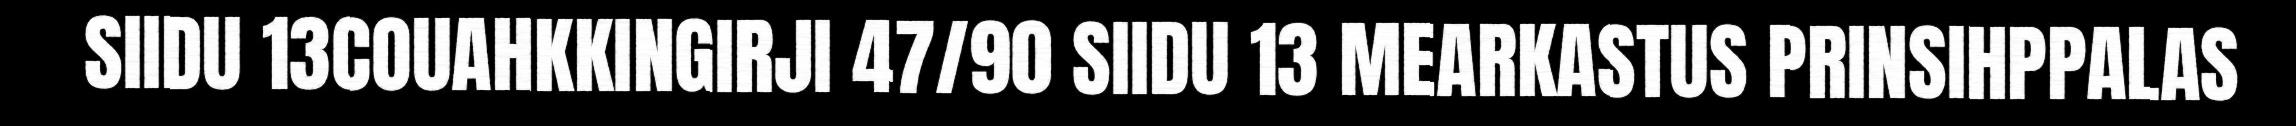
SIIDU 13COUAHKKINGIRJI 47/90 SIIDU 13 MEARKASTUS PRINSIHPPALAS